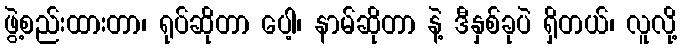
ဖွဲ့စည်းထားတာ၊ ရုပ်ဆိုတာ ပေါ့၊ နာမ်ဆိုတာ နဲ့ ဒီနှစ်ခုပဲ ရှိတယ်၊ လူလို့